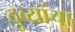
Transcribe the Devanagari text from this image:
दुव्यांचा